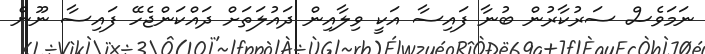
ނަމަވެސް ސަރުކާރުން ބުނާ ފައިސާ އަކީ ވިލާއިން ދައުލަތަށް ދައްކަންޖެހޭ ފައިސާ ނޫން